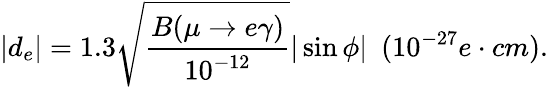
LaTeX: |d_{e}|=1.3\sqrt{\frac{B(\mu\rightarrow e\gamma)}{10^{-12}}}|\sin\phi|~~(10^{-27}e\cdot cm).